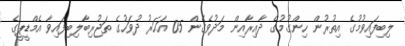
ލިބިފައިވުމުގެ އިތުރުން ހިންގުމުގެ ދާއިރާއިން މަދުވެގެން 05 އަހަރު ދުވަހުގެ ތަޖުރިބާލިބިފައިވާ އެމްޑީޕީގެ